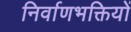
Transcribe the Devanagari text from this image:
निर्वाणभक्तियों